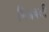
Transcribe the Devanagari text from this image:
मिलवली